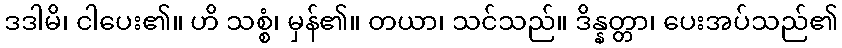
ဒဒါမိ၊ ငါပေး၏။ ဟိ သစ္စံ၊ မှန်၏။ တယာ၊ သင်သည်။ ဒိန္နတ္တာ၊ ပေးအပ်သည်၏